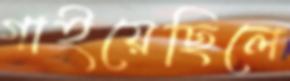
গাইয়েছিলে